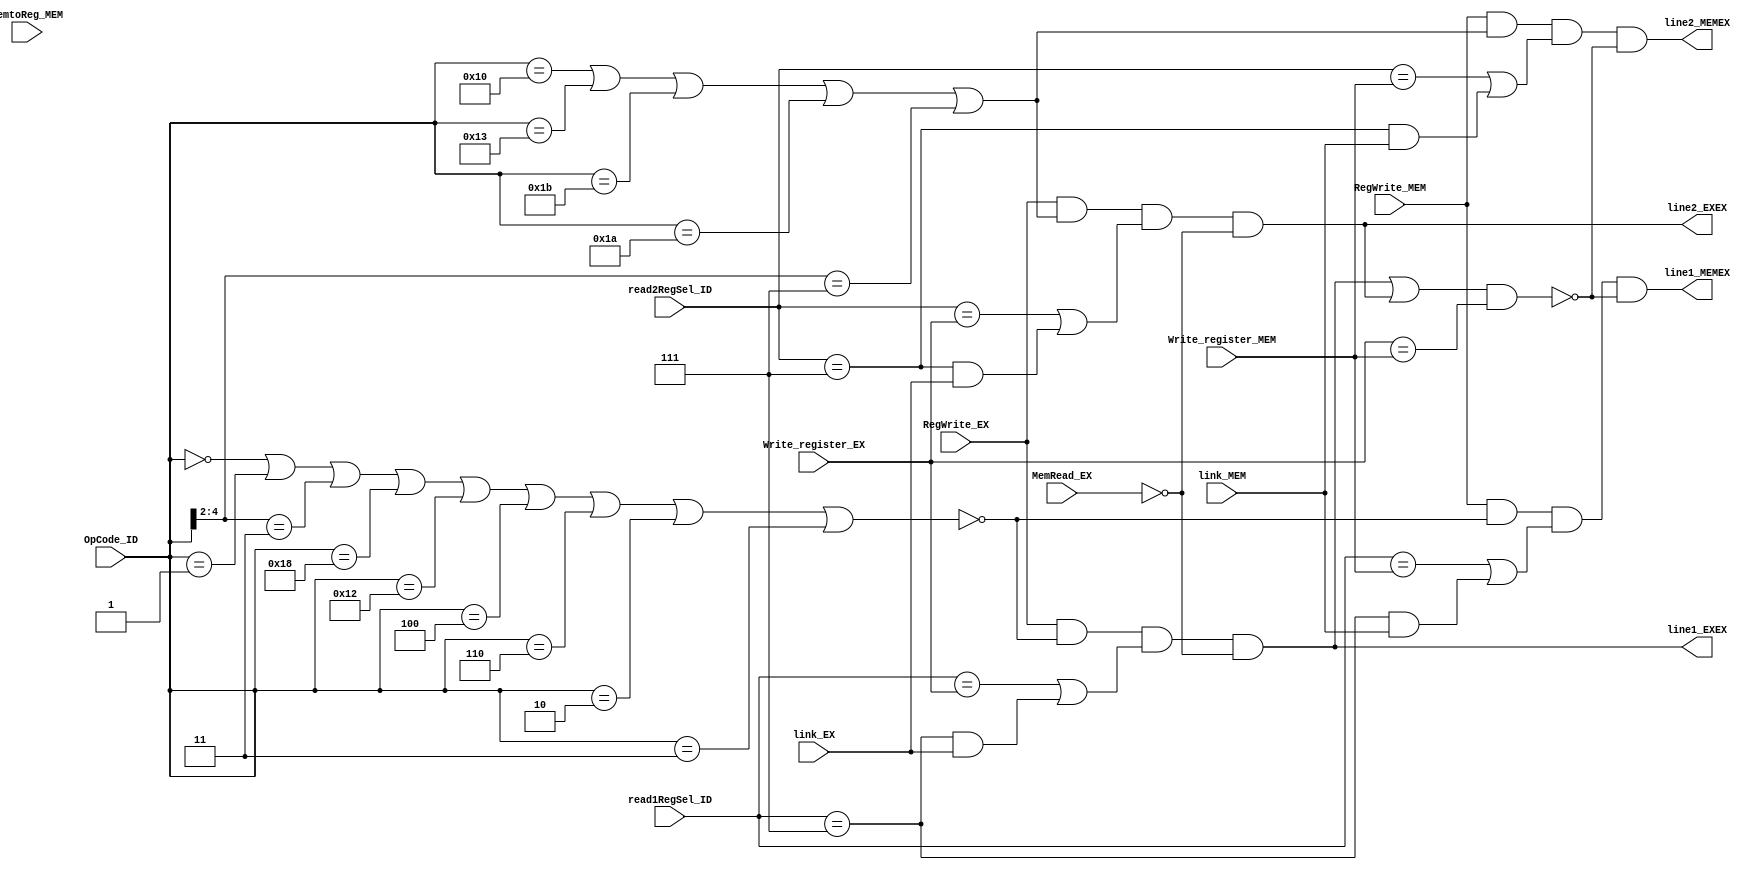
/*
	CS/ECE 552 Spring '22

	Filename        : FWD_to_EX.v
	Description     : EX to EX forwarding and MEM to EX forwarding logic
*/
module FWD_to_EX (
	// Outputs
	line1_EXEX, line2_EXEX, line1_MEMEX, line2_MEMEX,
	// Inputs
	Write_register_EX, RegWrite_EX, MemRead_EX,
	link_EX, read1RegSel_ID, read2RegSel_ID, OpCode_ID,
	MemtoReg_MEM, Write_register_MEM, RegWrite_MEM, link_MEM
	);
	
	// EX-EX
	input [2:0] Write_register_EX;
	input RegWrite_EX;
	input MemRead_EX;
	input link_EX;
	input [2:0] read1RegSel_ID, read2RegSel_ID;
	input [4:0] OpCode_ID;
	// MEM-EX
	input MemtoReg_MEM;
	input [2:0] Write_register_MEM;
	
	input RegWrite_MEM, link_MEM;

	output line1_EXEX, line2_EXEX;
	output line1_MEMEX, line2_MEMEX;
	
	wire line1_fwdable, line2_fwdable;		// when high, EX line can be forwarded to

	assign line1_fwdable = ~(OpCode_ID == 5'b00000 |		// HALT
							 OpCode_ID == 5'b00001 |		// NOP
							 OpCode_ID[4:2] == 3'b011 |		// branches
							 OpCode_ID == 5'b11000 |		// LBI
							 OpCode_ID == 5'b10010 |		// SLBI
							 OpCode_ID == 5'b00100 |		// J
							 OpCode_ID == 5'b00110 |		// JAL
							 OpCode_ID == 5'b00010 |		// siic
							 OpCode_ID == 5'b00011);		// RTI
	
	assign line1_EXEX = RegWrite_EX & line1_fwdable & ((read1RegSel_ID == Write_register_EX) | ((read1RegSel_ID == 3'b111) & link_EX)) & ~MemRead_EX;
	
	assign line2_fwdable = OpCode_ID == 5'b10000 |			// ST
						   OpCode_ID == 5'b10011 |			// STU
						   OpCode_ID == 5'b11011 |			// ADD, SUB, XOR, ANDN
						   OpCode_ID == 5'b11010 |			// ROL, SLL, ROR, SRL
						   OpCode_ID[4:2] == 3'b111;		// SEQ, SLT, SLE, SCO
	
	assign line2_EXEX = RegWrite_EX & line2_fwdable & ((read2RegSel_ID == Write_register_EX) | ((read2RegSel_ID == 3'b111) & link_EX)) & ~MemRead_EX;
	
	// MEM-EX
	assign line1_MEMEX = RegWrite_MEM & line1_fwdable & ((read1RegSel_ID == Write_register_MEM) | ((read1RegSel_ID == 3'b111) & link_MEM)) & ~((line1_EXEX | line2_EXEX) & (Write_register_EX == Write_register_MEM));
	assign line2_MEMEX = RegWrite_MEM & line2_fwdable & ((read2RegSel_ID == Write_register_MEM) | ((read2RegSel_ID == 3'b111) & link_MEM)) & ~((line1_EXEX | line2_EXEX) & (Write_register_EX == Write_register_MEM));
	
endmodule